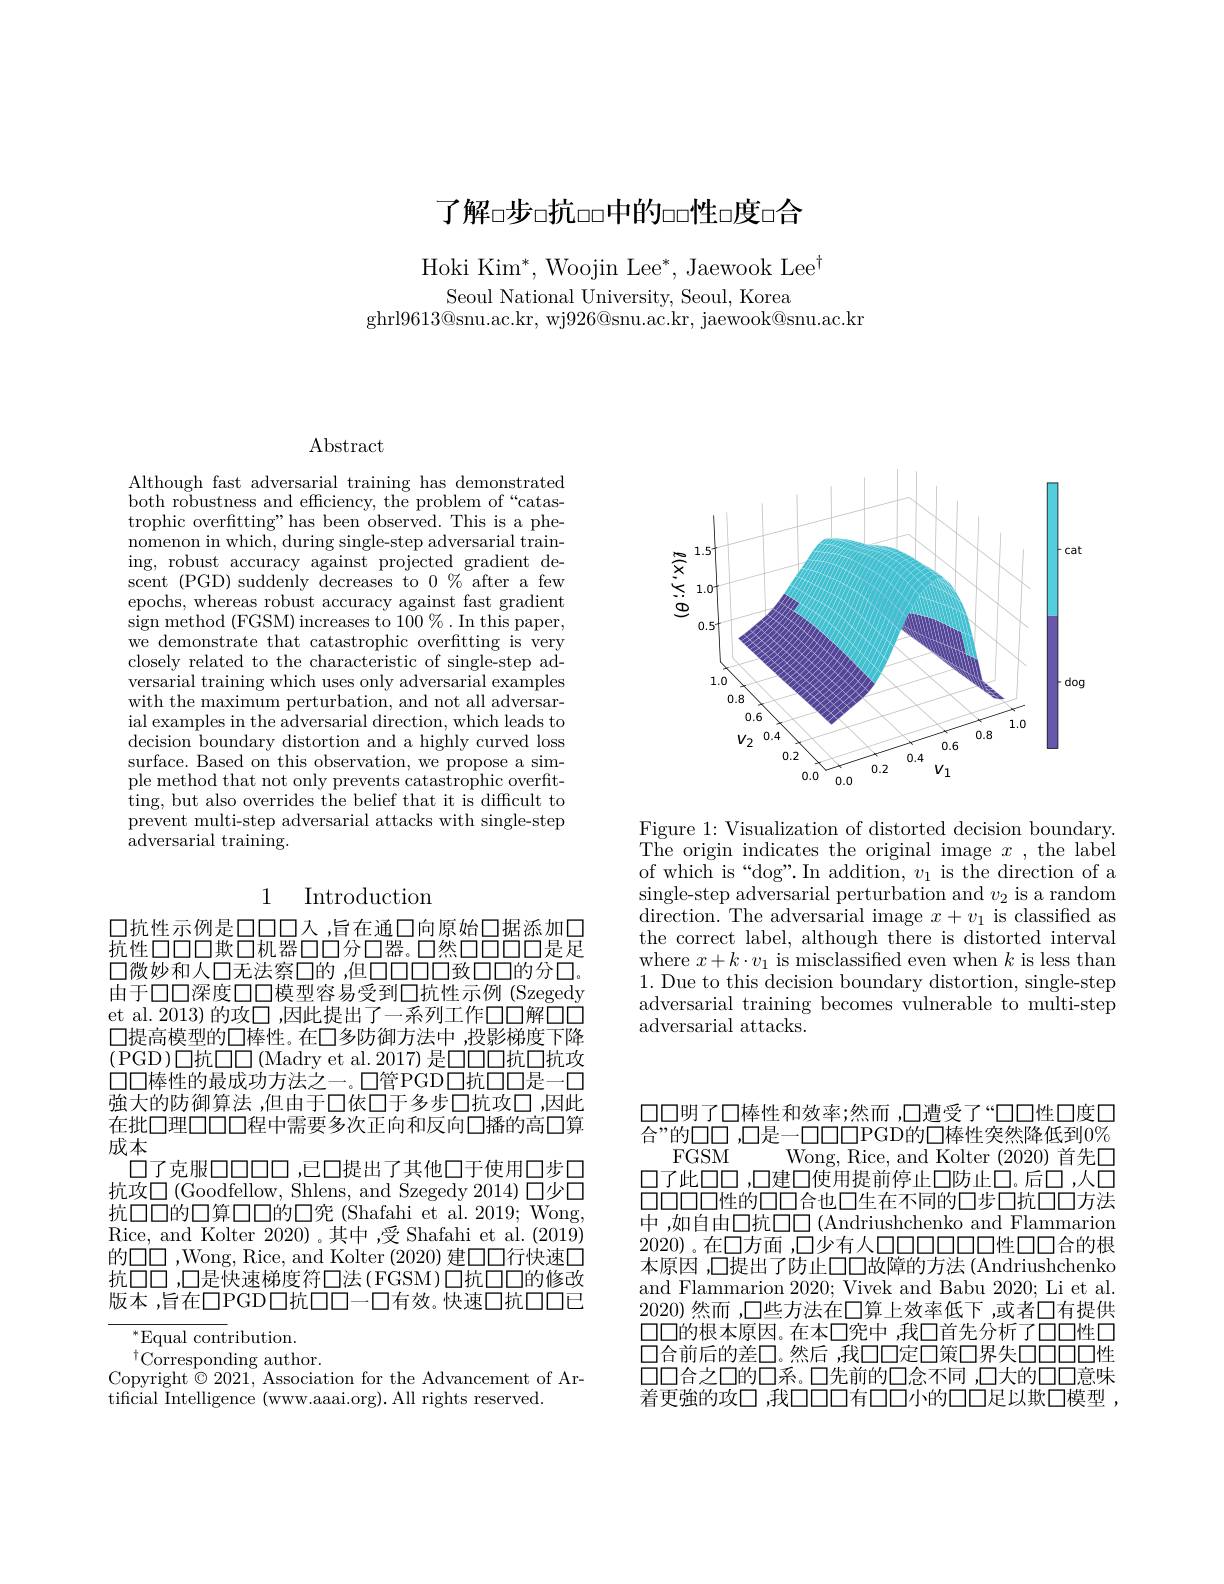
了解$\square$步$\square\square$抗$\square\square$中的$\square\square$性$\square$度$\square$合

Hoki Ki$m^{* }$, Woojin Le$e^{* }$, Jaewook Le$e^{\dagger }$

Seoul National University, Seoul, Korea
ghrl$9613@$snu.ac.kr, wj$926@$snu.ac.kr, jaewook@snu.ac.kr

$\operatorname{Abstract}$

Although fast adversarial training has demonstrated both robustness and efficiency, the problem of“catastrophic overfitting" has been observed. This is a phenomenon in which, during single-step adversarial training, robust accuracy against projected gradient descent (PGD) suddenly decreases to $0\%$ after a few epochs, whereas robust accuracy against fast gradient sign method (FGSM) increases to 100 $\%.$ In this paper, we demonstrate that catastrophic overfitting is very closely related to the characteristic of single-step adversarial training which uses only adversarial examples with the maximum perturbation, and not all adversarial examples in the adversarial direction, which leads to decision boundary distortion and a highly curved loss surface. Based on this observation, we propose a simple method that not only prevents catastrophic overfitting, but also overrides the belief that it is difficult to prevent multi-step adversarial attacks with single-step $\operatorname{adversarial}$ training.

## 1 Introduction

口抗性示例是口口口人，旨在通口向原始口据添加口抗性口口口欺口机器口口分口器。口然口口口口是足$\square 微妙和人口无法察\square 的，但口口口口致口口的分口$。由于口口深度口口模型容易受到口抗性示例 (Szegedy et al. 2013) 的攻口 ,因此提出了一系列工作口口解口口口提高模型的口棒性。在口多防御方法中，投影梯度下降(PGD)口抗口口(Madry et al.2017)是口口坑口抗攻口口棒性的最成功方法之一。口管PGD口抗口口是一口強大的防御算法 ,但由于口依口于多步口抗攻口 ,因此在批口理口口口程中需要多次正向和反向口播的高口算成本
口了克服口口口口，已口提出了其他口于使用口步口抗攻口 (Goodfellow, Shlens, and Szegedy 2014) 口少口抗口口的口算口口的口究(Shafahi et al.2019; Wong, Rice, and Kolter 2020)。其中，受 Shafahi et al. (2019) 的$\square\square,Wong, Rice, and Kolter (2020) 建口口行快速口$ 抗口口，口是快速梯度符口法(FGSM)口抗口口的修改版本，旨在口PGD口抗口口一口有效。快速口抗口口已

$^{*}$Equal contribution.
$^{\dagger}\overset{\dagger}{\operatorname*{\operatorname*{Corresponding~author}}}.$
Copyright$\hat{\otimes}2021$, Association for the Advancement of Ar-
tificial Intelligence (www.aaai.org). All rights reserved.

<FigureHere>

Figure 1: Visualization of distorted decision boundary. The origin indicates the original image $x$ ,the label of which is “dog”. In addition, $v_1$ is the direction of a $\operatorname{single-step}$ adversarial perturbation and $v_2$ is a random direction. The adversarial image $x+v_1$ is classified as the correct label, although there is distorted interval where $x+k\cdot v_{1}$ is misclassified even when $k$ is less than 1. Due to this decision boundary distortion, single-step adversarial training becomes vulnerable to multi-step adversarial attacks.

口口明了口棒性和效率；然而 ,口遭受了“口口性口度口合”的口口 ,口是一口口口PGD的口棒性突然降低到0%
FGSM
Wong, Rice, and Kolter (2020)首先口
口了此口口，口建口使用提前停止口防止口。后口，人口口口口口口性的口口合也口生在不同的口步口抗口口方法中 ,如自由口抗口口 (Andriushchenko and Flammarion 2020)。在口方面 ,口少有人口口口口口性口口合的根本原因 ,口提出了防止口口故障的方法 (Andriushchenko and Flammarion 2020; Vivek and Babu 2020; Li et al. 2020)然而，口些方法在口算上效率低下，或者口有提供口口的根本原因。在本口究中 ,我口首先分析了口口性口口合前后的差口。然后 ,我口口定口策口界失口口口性口口合之口的口系。口先前的口念不同 ,口大的口口意味着更強的攻口，我口口口有口口小的口口足以欺口模型，